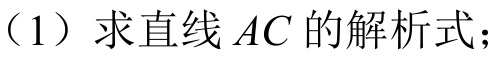
（1）求直线\(AC\)的解析式；